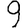
Digit: 9